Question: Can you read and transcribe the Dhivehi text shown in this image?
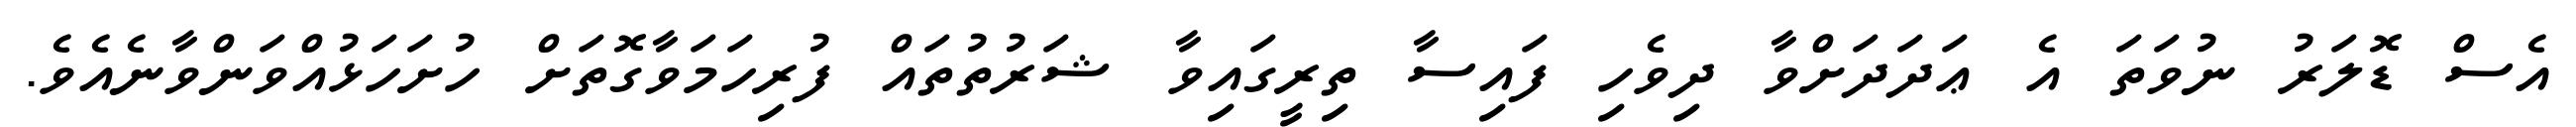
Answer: އެސް ޑޮލަރު ނުވަތަ އެ ޢަދަދަށްވާ ދިވެހި ފައިސާ ތިރީގައިވާ ޝަރުތުތައް ފުރިހަމަވާގޮތަށް ހުށަހަޅުއްވަންވާނެއެވެ.